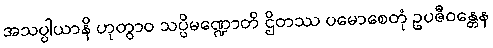
အသပ္ပါယာနိ ဟုတွာဝ သပ္ပိမဏ္ဍောတိ ဌိတဿ ပမောစေတုံ ဥပဇီဝန္တေန